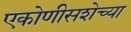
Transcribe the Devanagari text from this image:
एकोणीसशेच्या